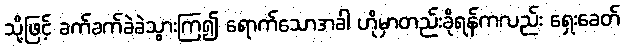
သို့ဖြင့် ခက်ခက်ခဲခဲသွားကြ၍ ရောက်သောအခါ ဟိုမှာတည်းခိုရန်ကလည်း ရှေးခေတ်